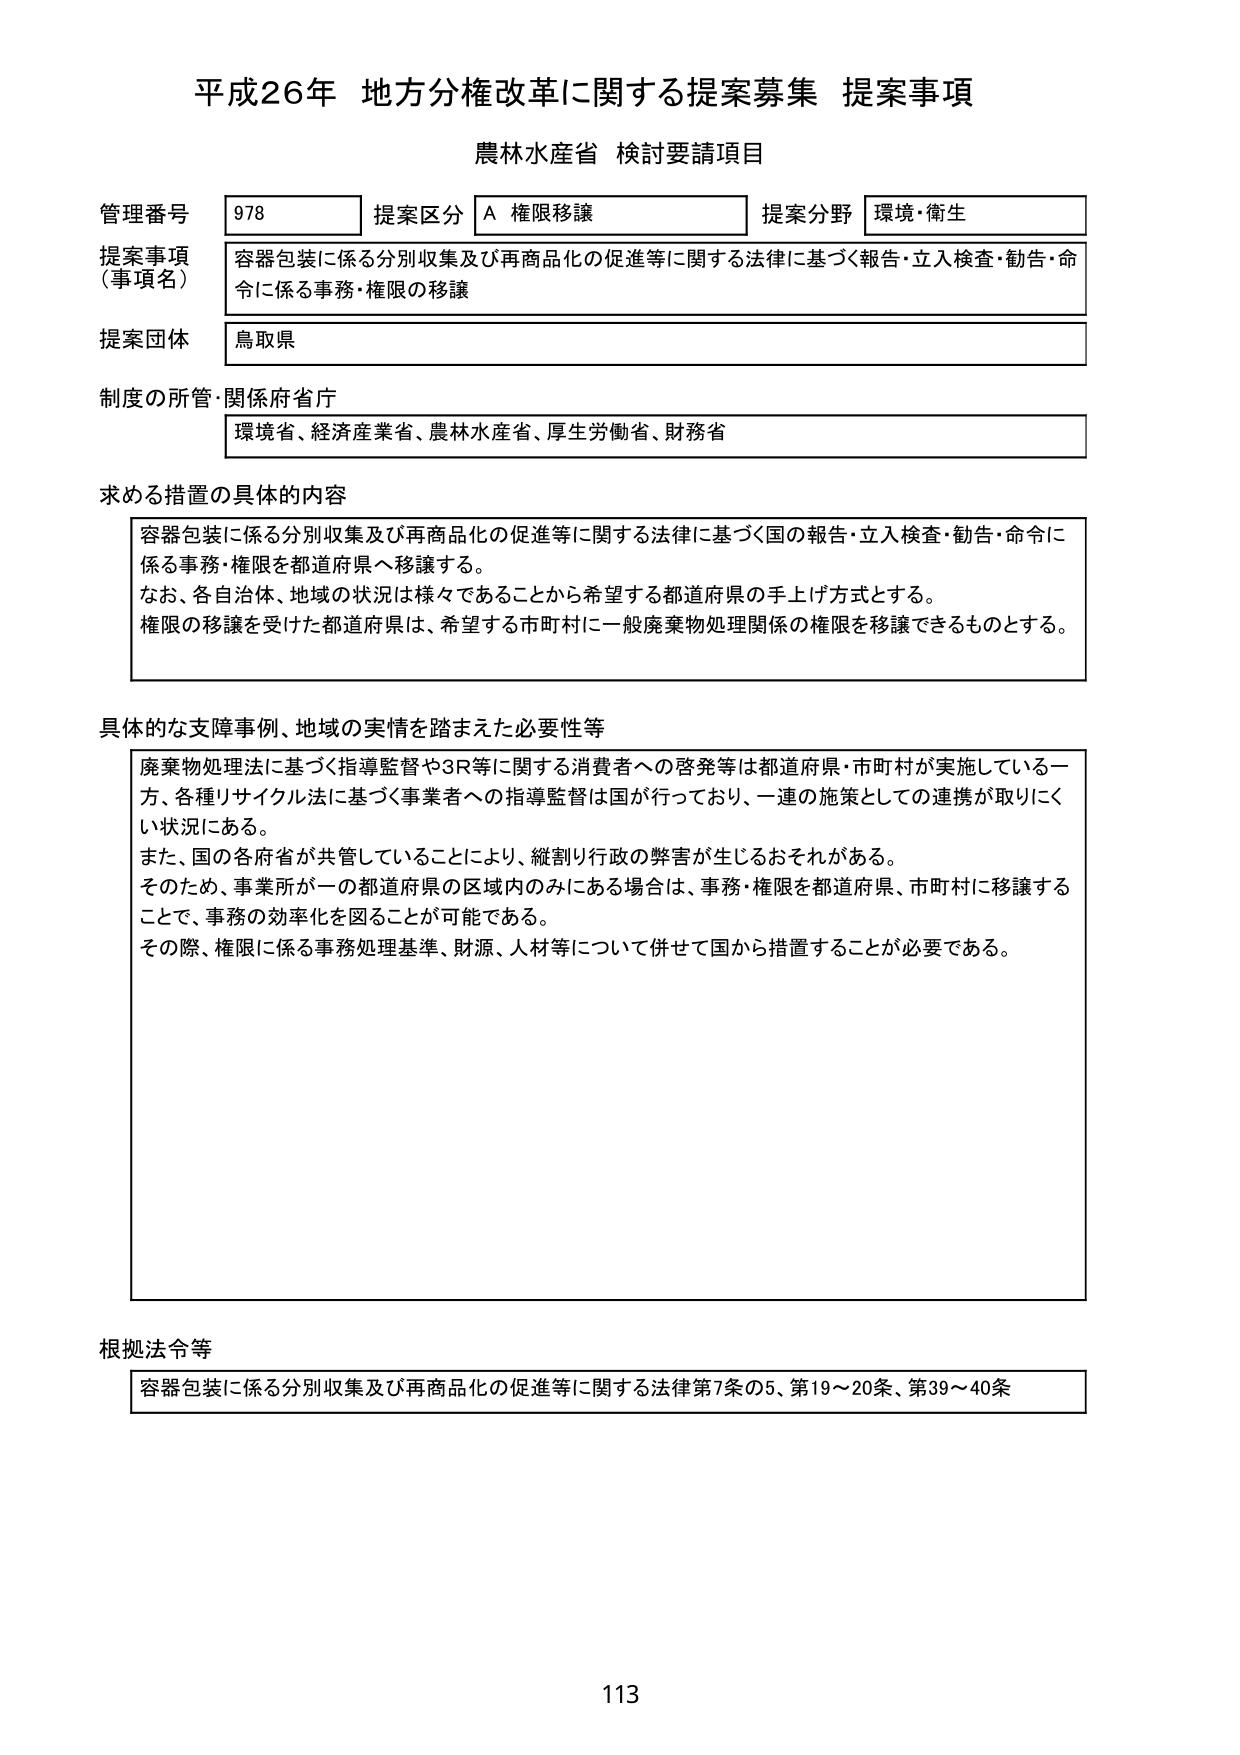
平成26年 地方分権改革に関する提案募集 提案事項
農林水産省 検討要請項目

管理番号 978 提案区分 A 権限移譲 提案分野 環境・衛生
提案事項（事項名） 容器包装に係る分別収集及び再商品化の促進等に関する法律に基づく報告・立入検査・勧告・命令に係る事務・権限の移譲
提案団体 鳥取県
制度の所管・関係府省庁 環境省、経済産業省、農林水産省、厚生労働省、財務省

求める措置の具体的内容
容器包装に係る分別収集及び再商品化の促進等に関する法律に基づく国の報告・立入検査・勧告・命令に係る事務・権限を都道府県へ移譲する。
なお、各自治体、地域の状況は様々であることから希望する都道府県の手上げ方式とする。
権限の移譲を受けた都道府県は、希望する市町村に一般廃棄物処理関係の権限を移譲できるものとする。

具体的な支障事例、地域の実情を踏まえた必要性等
廃棄物処理法に基づく指導監督や3R等に関する消費者への啓発等は都道府県・市町村が実施している一方、各種リサイクル法に基づく事業者への指導監督は国が行っており、一連の施策としての連携が取りにくい状況にある。
また、国の各府省が共管していることにより、縦割り行政の弊害が生じるおそれがある。
そのため、事業所が一の都道府県の区域内のみにある場合は、事務・権限を都道府県、市町村に移譲することで、事務の効率化を図ることが可能である。
その際、権限に係る事務処理基準、財源、人材等について併せて国から措置することが必要である。

根拠法令等
容器包装に係る分別収集及び再商品化の促進等に関する法律第7条の5、第19～20条、第39～40条

113